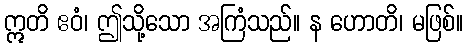
ဣတိ ဧဝံ၊ ဤသို့သော အကြံသည်။ န ဟောတိ၊ မဖြစ်။